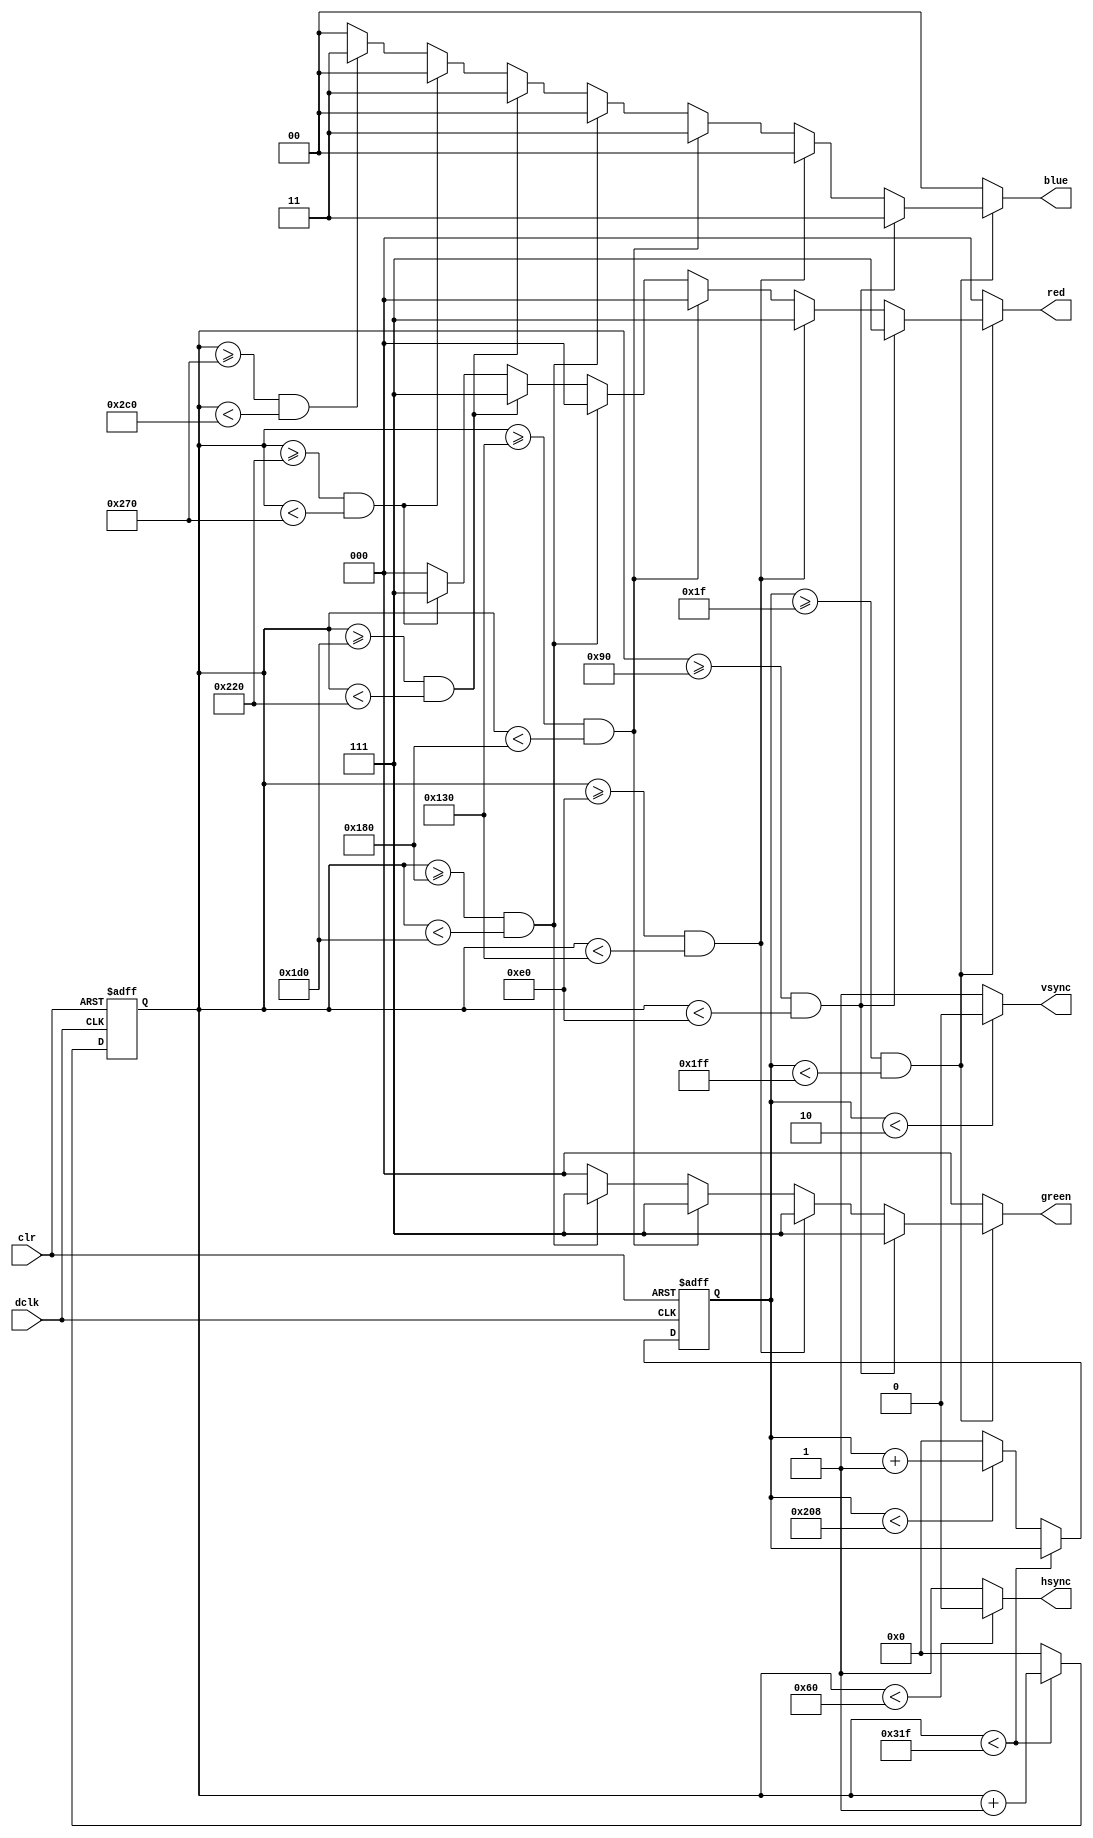
`timescale 1ns / 1ps


module vga640x480(
	input wire dclk,			//pixel clock: 25MHz
	input wire clr,			//asynchronous reset
	output wire hsync,		//horizontal sync out
	output wire vsync,		//vertical sync out
	output reg [2:0] red,	//red vga output
	output reg [2:0] green, //green vga output
	output reg [1:0] blue	//blue vga output
	);

// video structure constants
parameter hpixels = 800;// horizontal pixels per line
parameter vlines = 521; // vertical lines per frame
parameter hpulse = 96; 	// hsync pulse length
parameter vpulse = 2; 	// vsync pulse length
parameter hbp = 144; 	// end of horizontal back porch
parameter hfp = 784; 	// beginning of horizontal front porch
parameter vbp = 31; 		// end of vertical back porch
parameter vfp = 511; 	// beginning of vertical front porch
// active horizontal video is therefore: 784 - 144 = 640
// active vertical video is therefore: 511 - 31 = 480

// registers for storing the horizontal & vertical counters
reg [9:0] hc;
reg [9:0] vc;

// Horizontal & vertical counters --
// this is how we keep track of where we are on the screen.
// ------------------------
// Sequential "always block", which is a block that is
// only triggered on signal transitions or "edges".
// posedge = rising edge  &  negedge = falling edge
// Assignment statements can only be used on type "reg" and need to be of the "non-blocking" type: <=
always @(posedge dclk or posedge clr)
begin
	// reset condition
	if (clr == 1)
	begin
		hc <= 0;
		vc <= 0;
	end
	else
	begin
		// keep counting until the end of the line
		if (hc < hpixels - 1)
			hc <= hc + 1;
		else
		// When we hit the end of the line, reset the horizontal
		// counter and increment the vertical counter.
		// If vertical counter is at the end of the frame, then
		// reset that one too.
		begin
			hc <= 0;
			if (vc < vlines - 1)
				vc <= vc + 1;
			else
				vc <= 0;
		end
		
	end
end

// generate sync pulses (active low)
// ----------------
// "assign" statements are a quick way to
// give values to variables of type: wire
assign hsync = (hc < hpulse) ? 0:1;
assign vsync = (vc < vpulse) ? 0:1;

// display 100% saturation colorbars
// ------------------------
// Combinational "always block", which is a block that is
// triggered when anything in the "sensitivity list" changes.
// The asterisk implies that everything that is capable of triggering the block
// is automatically included in the sensitivty list.  In this case, it would be
// equivalent to the following: always @(hc, vc)
// Assignment statements can only be used on type "reg" and should be of the "blocking" type: =
always @(*)
begin
	// first check if we're within vertical active video range
	if (vc >= vbp && vc < vfp)
	begin
		// now display different colors every 80 pixels
		// while we're within the active horizontal range
		// -----------------
		// display white bar
		if (hc >= hbp && hc < (hbp+80))
		begin
			red = 3'b111;
			green = 3'b111;
			blue = 2'b11;
		end
		// display yellow bar
		else if (hc >= (hbp+80) && hc < (hbp+160))
		begin
			red = 3'b111;
			green = 3'b111;
			blue = 2'b00;
		end
		// display cyan bar
		else if (hc >= (hbp+160) && hc < (hbp+240))
		begin
			red = 3'b000;
			green = 3'b111;
			blue = 2'b11;
		end
		// display green bar
		else if (hc >= (hbp+240) && hc < (hbp+320))
		begin
			red = 3'b000;
			green = 3'b111;
			blue = 2'b00;
		end
		// display magenta bar
		else if (hc >= (hbp+320) && hc < (hbp+400))
		begin
			red = 3'b111;
			green = 3'b000;
			blue = 2'b11;
		end
		// display red bar
		else if (hc >= (hbp+400) && hc < (hbp+480))
		begin
			red = 3'b111;
			green = 3'b000;
			blue = 2'b00;
		end
		// display blue bar
		else if (hc >= (hbp+480) && hc < (hbp+560))
		begin
			red = 3'b000;
			green = 3'b000;
			blue = 2'b11;
		end
		// display black bar
		else if (hc >= (hbp+560) && hc < (hbp+640))
		begin
			red = 3'b000;
			green = 3'b000;
			blue = 2'b00;
		end
		// we're outside active horizontal range so display black
		else
		begin
			red = 0;
			green = 0;
			blue = 0;
		end
	end
	// we're outside active vertical range so display black
	else
	begin
		red = 0;
		green = 0;
		blue = 0;
	end
end

endmodule